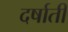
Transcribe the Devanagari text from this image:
दर्षाती